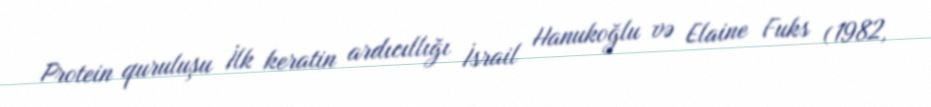
Protein quruluşu İlk keratin ardıcıllığı İsrail Hanukoğlu və Elaine Fuks (1982,